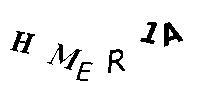
HMER1A